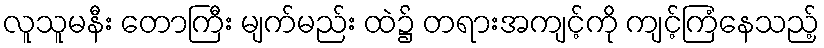
လူသူမနီး တောကြီး မျက်မည်း ထဲ၌ တရားအကျင့်ကို ကျင့်ကြံနေသည့်